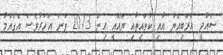
ސައުދީ އަރަބިއްޔާ އާއި ކުވައިތާއި ޔޫއޭއީ އިން 2013 ވަނަ އަހަރުވެސް އެގައުމު